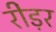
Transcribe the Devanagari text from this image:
रीड़र